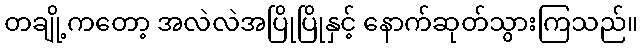
တချို့ကတော့ အလဲလဲအပြိုပြိုနှင့် နောက်ဆုတ်သွားကြသည်။